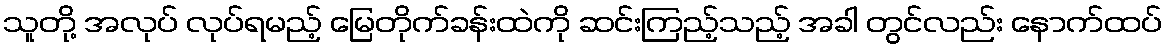
သူတို့ အလုပ် လုပ်ရမည့် မြေတိုက်ခန်းထဲကို ဆင်းကြည့်သည့် အခါ တွင်လည်း နောက်ထပ်